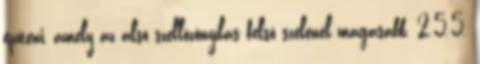
építeni, amely az alsó szellõzõnyílás felsõ szélénél magasabb. 2.5.5.